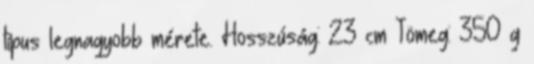
típus legnagyobb mérete. Hosszúság: 23 cm Tömeg: 350 g